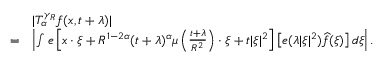
\begin{array} { r l } & { | T _ { \alpha } ^ { \gamma _ { R } } f ( x , t + \lambda ) | } \\ { = } & { \left| \int e \left[ x \cdot \xi + R ^ { 1 - 2 \alpha } ( t + \lambda ) ^ { \alpha } \mu \left( \frac { t + \lambda } { R ^ { 2 } } \right) \cdot \xi + t | \xi | ^ { 2 } \right] \left[ e ( \lambda | \xi | ^ { 2 } ) \widehat { f } ( \xi ) \right] d \xi \right| . } \end{array}